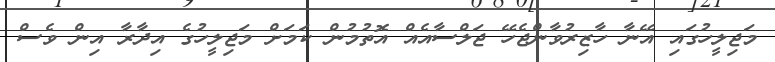
މަޖިލީހުގައި އޭނާ ހާޒިރުވާންޖެހޭ ޖަލްސާއެއް އޮތުމުން ކަމަށް މަޖިލީހުގެ އިދާރާ އިން ވެސް